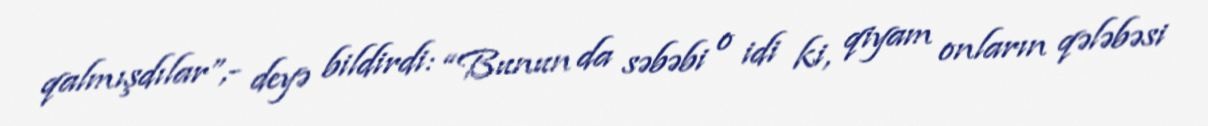
qalmışdılar”,- deyə bildirdi: “Bunun da səbəbi o idi ki, qiyam onların qələbəsi